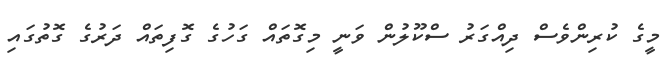
މީގެ ކުރިންވެސް ދިއްގަރު ސްކޫލުން ވަނީ މިގޮތައް ގަހުގެ ގޮފިތައް ދަރުގެ ގޮތުގައި